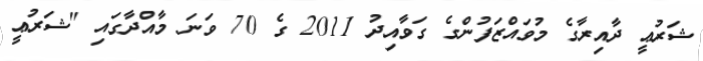
ޝަރުޢީ ދާއިރާގެ މުވައްޒަފުންގެ ގަވާއިދު 2011 ގެ 70 ވަނަ މާއްދާގައި "ޝަރުޢީ